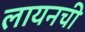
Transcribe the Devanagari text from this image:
लायनची